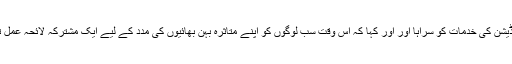
شرکاء نے منہاج ویلفیئر فاؤنڈیشن کی خدمات کو سراہا اور اور کہا کہ اس وقت سب لوگوں کو اپنے متاثرہ بہن بھائیوں کی مدد کے لیے ایک مشترکہ لائحہ عمل تیار کرنے کی ضرورت ہے۔